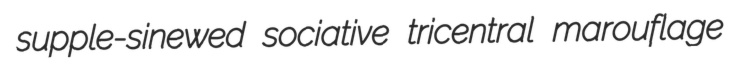
supple-sinewed sociative tricentral marouflage